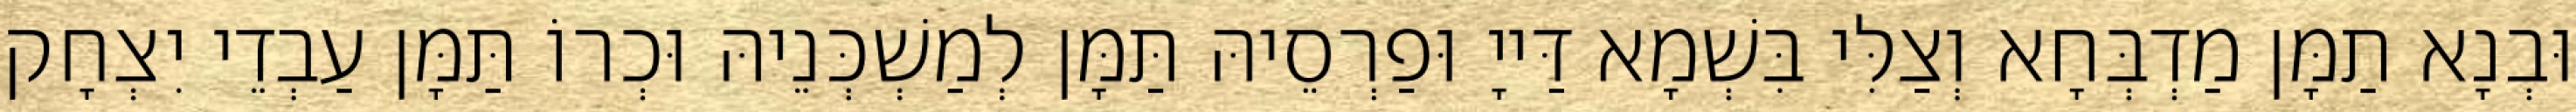
וּבְנָא תַמָּן מַדְבְּחָא וְצַלִּי בִּשְׁמָא דַּייָ וּפַרְסֵיהּ תַּמָּן לְמַשְׁכְּנֵיהּ וּכְרוֹ תַּמָּן עַבְדֵי יִצְחָק